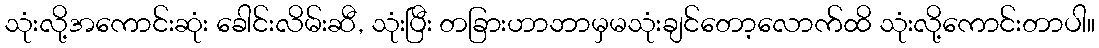
သုံးလို့အကောင်းဆုံး ခေါင်းလိမ်းဆီ, သုံးပြီး တခြားဟာဘာမှမသုံးချင်တော့လောက်ထိ သုံးလို့ကောင်းတာပါ။